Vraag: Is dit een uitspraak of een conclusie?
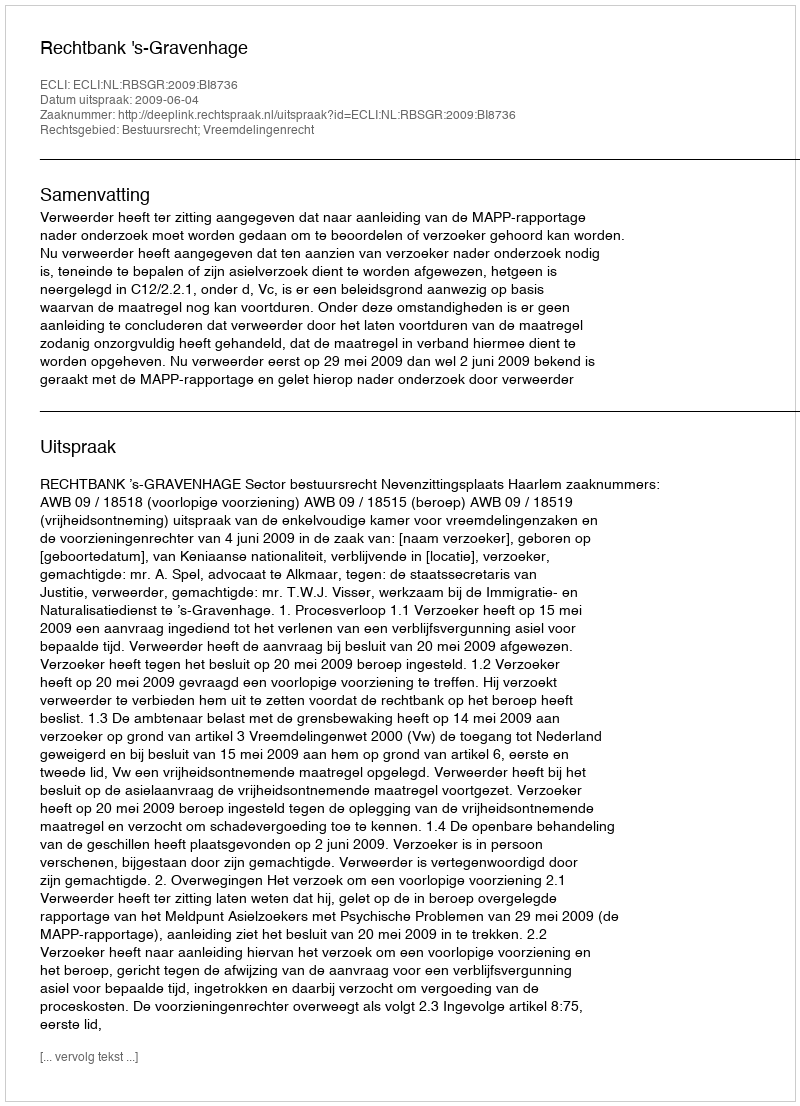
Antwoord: Uitspraak